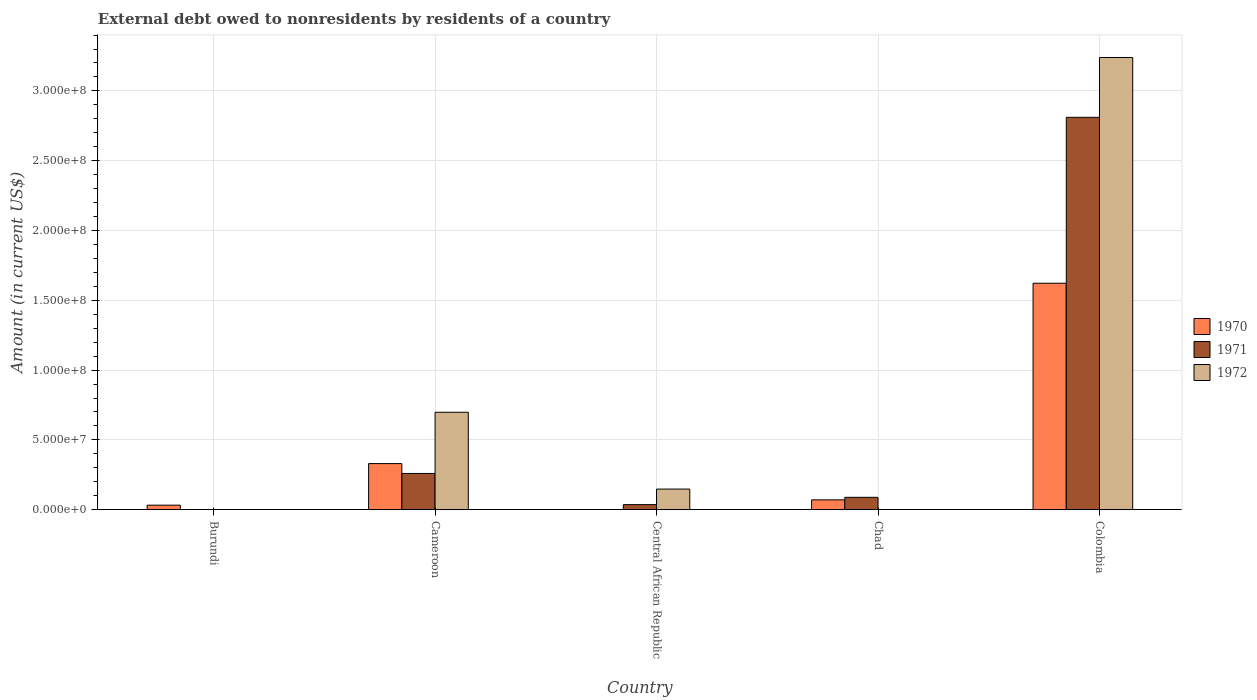
| Country | 1970 | 1971 | 1972 |
 | --- | --- | --- | --- |
 | Burundi | 3.25e+06 | -2.18e+06 | -7.13e+06 |
 | Cameroon | 3.3e+07 | 2.6e+07 | 6.98e+07 |
 | Central African Republic | -7.31e+05 | 3.64e+06 | 1.48e+07 |
 | Chad | 7.04e+06 | 8.87e+06 | -1.37e+06 |
 | Colombia | 1.62e+08 | 2.81e+08 | 3.24e+08 |